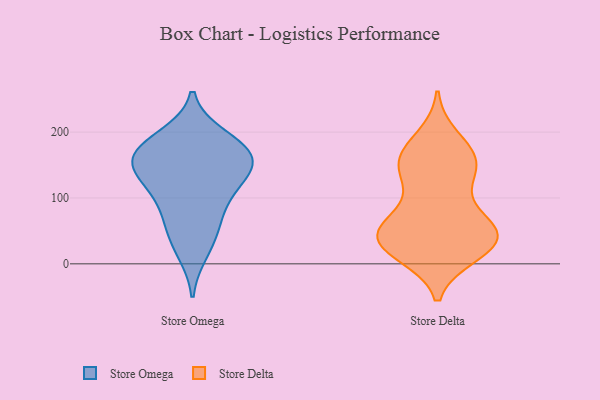
{"axis": {"x": "Temperature (°C)", "y": "Value"}, "legend": ["Store Delta", "Store Omega"], "data": [{"x": "", "y": 113, "type": "Store Omega"}, {"x": "", "y": 67, "type": "Store Omega"}, {"x": "", "y": 178, "type": "Store Omega"}, {"x": "", "y": 161, "type": "Store Omega"}, {"x": "", "y": 19, "type": "Store Omega"}, {"x": "", "y": 139, "type": "Store Omega"}, {"x": "", "y": 47, "type": "Store Omega"}, {"x": "", "y": 95, "type": "Store Omega"}, {"x": "", "y": 177, "type": "Store Omega"}, {"x": "", "y": 134, "type": "Store Omega"}, {"x": "", "y": 192, "type": "Store Omega"}, {"x": "", "y": 153, "type": "Store Omega"}, {"x": "", "y": 161, "type": "Store Omega"}, {"x": "", "y": 16, "type": "Store Delta"}, {"x": "", "y": 162, "type": "Store Delta"}, {"x": "", "y": 43, "type": "Store Delta"}, {"x": "", "y": 58, "type": "Store Delta"}, {"x": "", "y": 47, "type": "Store Delta"}, {"x": "", "y": 141, "type": "Store Delta"}, {"x": "", "y": 22, "type": "Store Delta"}, {"x": "", "y": 45, "type": "Store Delta"}, {"x": "", "y": 160, "type": "Store Delta"}, {"x": "", "y": 168, "type": "Store Delta"}, {"x": "", "y": 23, "type": "Store Delta"}, {"x": "", "y": 53, "type": "Store Delta"}, {"x": "", "y": 82, "type": "Store Delta"}, {"x": "", "y": 141, "type": "Store Delta"}, {"x": "", "y": 190, "type": "Store Delta"}, {"x": "", "y": 130, "type": "Store Delta"}, {"x": "", "y": 45, "type": "Store Delta"}, {"x": "", "y": 29, "type": "Store Delta"}]}